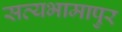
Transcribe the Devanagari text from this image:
सत्यभामापुर